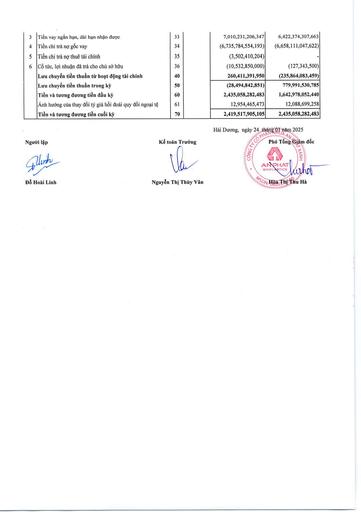
|3|Tiền vay ngắn hạn, dài hạn nhận được|33||7,010,231,206,347|6,422,374,307,663| |---|---|---|---|---|---| |4|Tiền chi trả nợ gốc vay|34||(6,735,784,554,193)|(6,658,111,047,622)| |5|Tiền chi trả nợ thuê tài chính|35||(3,502,410,204)|| |6|Cổ tức, lợi nhuận đã trả cho chủ sở hữu|36||(10,532,850,000)|(127,343,500)| ||Lưu chuyển tiền thuần từ hoạt động tài chính|40||260,411,391,950|(235,864,083,459)| ||Lưu chuyển tiền thuần trong kỳ|50||(28,494,842,851)|779,991,530,785| ||Tiền và tương đương tiền đầu kỳ|60||2,435,058,282,483|1,642,978,052,440| ||Ảnh hưởng của thay đổi tỷ giá hối đoái quy đổi ngoại tệ|61||12,954,465,473|12,088,699,258| ||Tiền và tương đương tiền cuối kỳ|70||2,419,517,905,105|2,435,058,282,483|